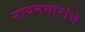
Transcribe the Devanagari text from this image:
नायनमारांचे